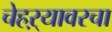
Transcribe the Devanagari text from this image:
चेहऱ्यावरचा